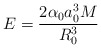
\begin{align*}E = \frac{ 2 \alpha_{0} a_{0}^{3} M}{R_{0}^{3}}\end{align*}